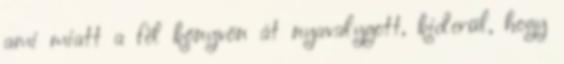
ami miatt a fél könyvön át nyavalygott, kiderül, hogy